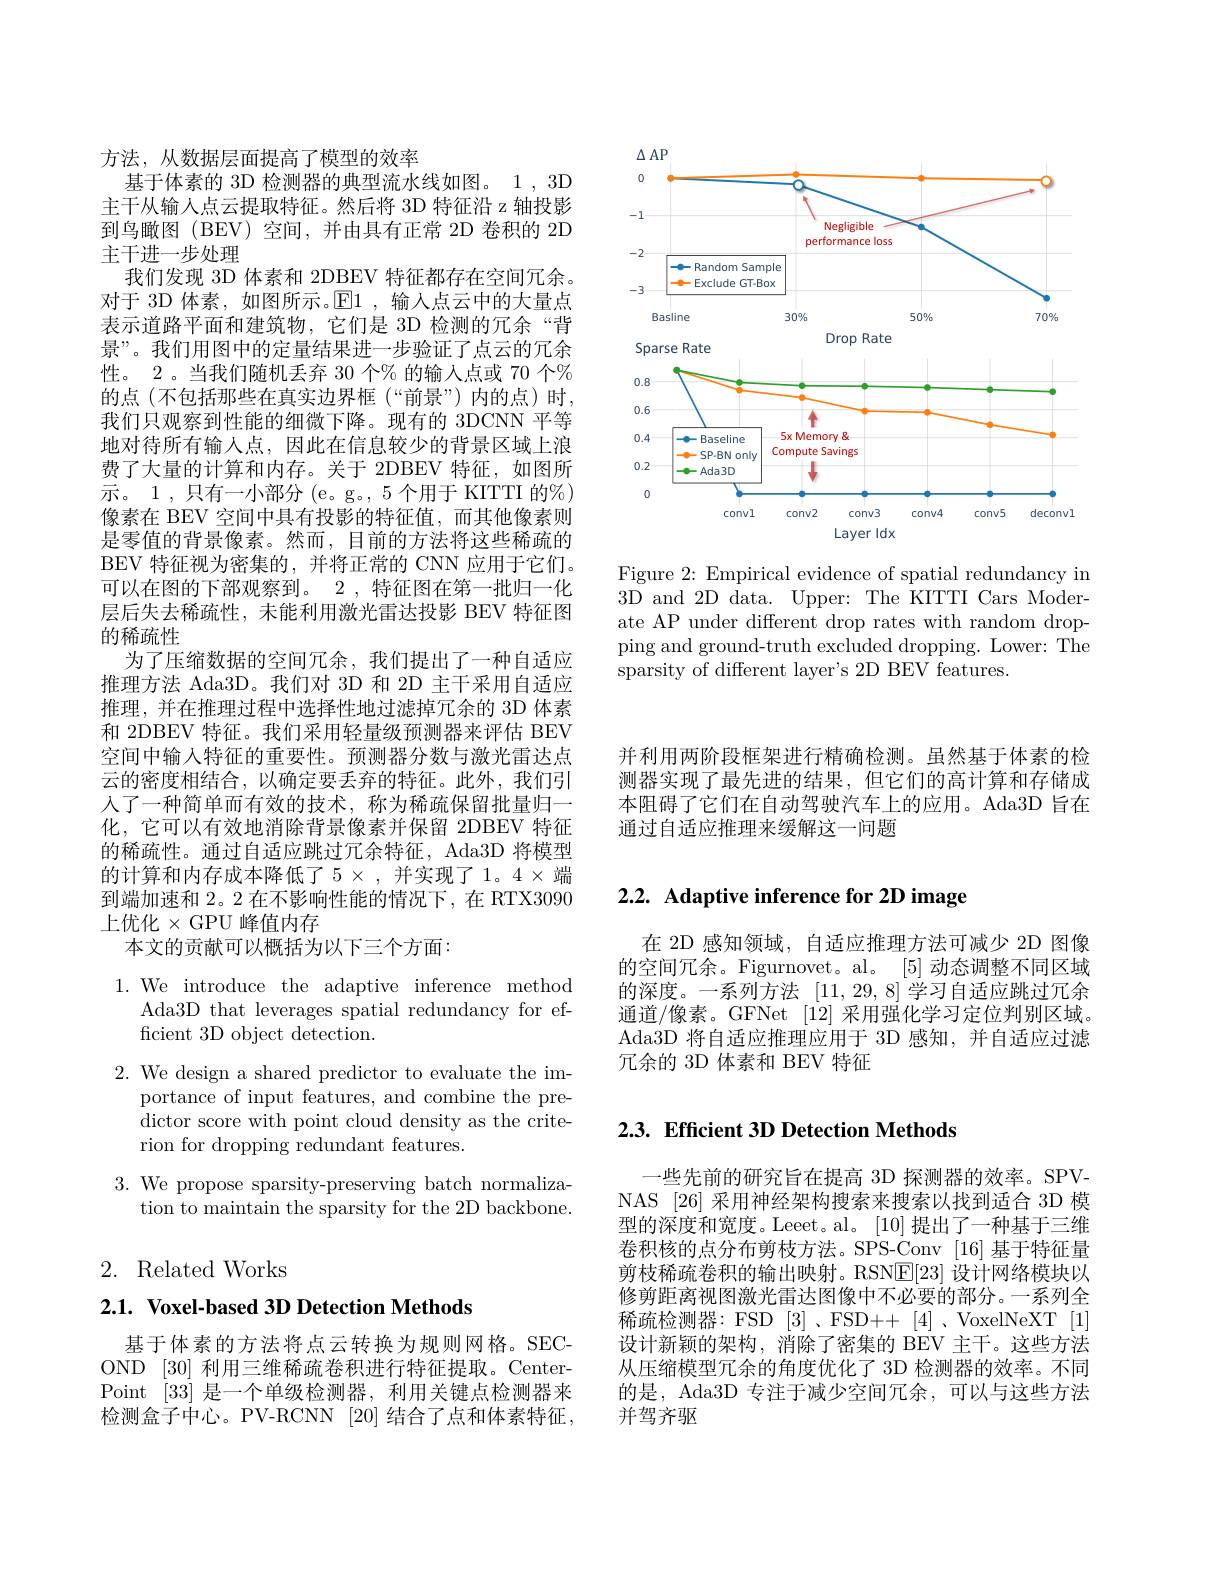
<FigureHere>

Figure 2: Empirical evidence of spatial redundancy in 3D and 2D data. Upper: The KITTI Cars Moderate AP under different drop rates with random dropping and ground-truth excluded dropping. Lower: The sparsity of different layer's 2D BEV features.

方法，从数据层面提高了模型的效率
基于体素的 3D 检测器的典型流水线如图。1 , 3D 主干从输入点云提取特征。然后将 3D 特征沿 z 轴投影到鸟瞰图(BEV)空间，并由具有正常 2D 卷积的 2D 主干进一步处理
我们发现 3D 体素和 2DBEV 特征都存在空间冗余。对于 3D 体素，如图所示。$\operatorname{E1}$ ,输入点云中的大量点表示道路平面和建筑物，它们是 3D 检测的冗余“背景”。我们用图中的定量结果进一步验证了点云的冗余性。2。当我们随机丢弃 30 个% 的输入点或 70 个% 的点(不包括那些在真实边界框(“前景”)内的点)时， 我们只观察到性能的细微下降。现有的 3DCNN 平等地对待所有输入点，因此在信息较少的背景区域上浪费了大量的计算和内存。关于 2DBEV 特征，如图所${\text{示。1,只有一小部分(e。g。,5 个用于 KITTI 的}\%})$ 像素在 BEV 空间中具有投影的特征值，而其他像素则是零值的背景像素。然而，目前的方法将这些稀疏的BEV 特征视为密集的，并将正常的 CNN 应用于它们。可以在图的下部观察到。2 , 特征图在第一批归一化层后失去稀疏性，未能利用激光雷达投影 BEV 特征图的稀疏性
为了压缩数据的空间冗余，我们提出了一种自适应推理方法 Ada3D。我们对 3D 和 2D 主干采用自适应推理，并在推理过程中选择性地过滤掉冗余的 3D 体素和 2DBEV 特征。我们采用轻量级预测器来评估 BEV 空间中输入特征的重要性。预测器分数与激光雷达点云的密度相结合，以确定要丢弃的特征。此外，我们引人了一种简单而有效的技术，称为稀疏保留批量归一化，它可以有效地消除背景像素并保留 2DBEV 特征的稀疏性。通过自适应跳过冗余特征，Ada3D 将模型的计算和内存成本降低了$5\times$ ,并实现了 1。$4\times$端到端加速和 2。2 在不影响性能的情况下，在 RTX3090上优化$\times$GPU 峰值内存
本文的贡献可以概括为以下三个方面：

1.We introduce the adaptive inference method
Ada3D that leverages spatial redundancy for ef-
ficient 3D object detection.
$2.{\mathrm{~We~design~a~shared~predictor~to~evaluate~the~im-}}$
portance of input features, and combine the predictor score with point cloud density as the criterion for dropping redundant features.

3. We propose sparsity-preserving batch normaliza-
tion to maintain the sparsity for the 2D backbone.

## 2. Related Works

## $2. 1. \textbf{ Voxel- based 3D Detection Methods}$

基于体素的方法将点云转换为规则网格。SECOND [30] 利用三维稀疏卷积进行特征提取。CenterPoint [33]是一个单级检测器，利用关键点检测器来检测盒子中心。PV-RCNN [20] 结合了点和体素特征，

并利用两阶段框架进行精确检测。虽然基于体素的检测器实现了最先进的结果，但它们的高计算和存储成本阻碍了它们在自动驾驶汽车上的应用。Ada3D 旨在通过自适应推理来缓解这一问题

# 2.2. Adaptive inference for 2D image

在 2D 感知领域，自适应推理方法可减少 2D 图像的空间冗余。Figurnovet。al。[5] 动态调整不同区域的深度。一系列方法[11,29,8]学习自适应跳过冗余通道/像素。GFNet [12] 采用强化学习定位判别区域。Ada3D 将自适应推理应用于 3D 感知，并自适应过滤冗余的 3D 体素和 BEV 特征

## $2. 3. \textbf{ Efficient 3D Detection Methods}$

一些先前的研究旨在提高 3D 探测器的效率。SPVNAS [26] 采用神经架构搜索来搜索以找到适合 3D 模型的深度和宽度。Leeet。al。[10]提出了一种基于三维卷积核的点分布剪枝方法。SPS-Conv [16]基于特征量剪枝稀疏卷积的输出映射。RSNE[23]设计网络模块以修剪距离视图激光雷达图像中不必要的部分。一系列全稀疏检测器：FSD[3]、FSD++[4]、VoxelNeXT[1] 设计新颖的架构，消除了密集的 BEV 主干。这些方法从压缩模型冗余的角度优化了 3D 检测器的效率。不同的是，Ada3D 专注于减少空间冗余，可以与这些方法并驾齐驱